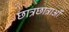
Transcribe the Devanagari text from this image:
छात्रछात्राओं